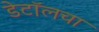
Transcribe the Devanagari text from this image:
डेटॉलचा